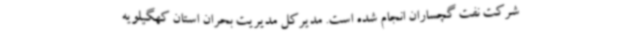
شرکت نفت گچساران انجام شده است. مدیرکل مدیریت بحران استان کهگیلویه